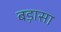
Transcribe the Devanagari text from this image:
बड़ासा